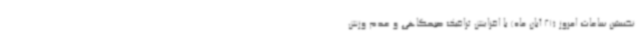
نخستین ساعات امروز (21 آبان ماه) با افزایش ترافیک صبحگاهی و عدم وزش